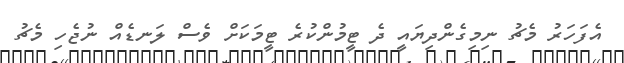
އެފަހަރު މެޗު ނިމިގެންދިޔައީ ދެ ޓީމުންކުރެ ޓީމަކަށް ވެސް ލަނޑެއް ނުޖެހި މެޗު